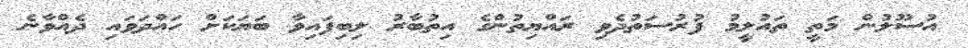
އުސޫލުން މަތީ ތައުލީމު ފުރުސަތުދެވި ރައްޔިތުންގެ އިތުބާރު ލިބިފައިވާ ބަޔަކަށް ހައްދަވައި ދެއްވާނެ